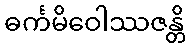
ဓင်္ကမိဝေါဿဇန္တိ